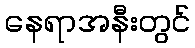
နေရာအနီးတွင်